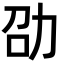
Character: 劭